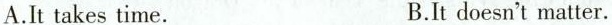
A.It takes time. B.It doesn't matter.